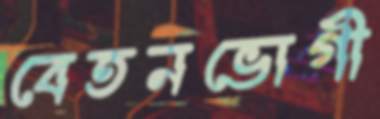
বেতনভোগী